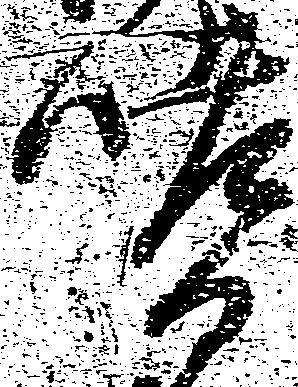
嗜